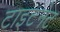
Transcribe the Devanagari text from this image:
टाइटनेट